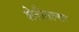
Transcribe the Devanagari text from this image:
शेतीतल्या